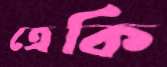
ত্রেকি